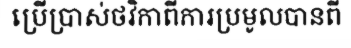
ប្រើប្រាស់ថវិកាពីការប្រមូលបានពី